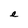
Character: e